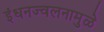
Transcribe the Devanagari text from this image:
इंधनज्वलनामुळे